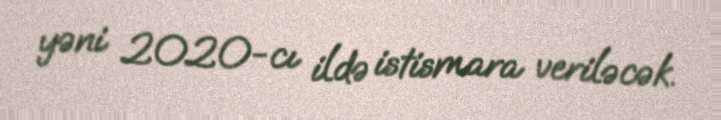
yəni 2020-cı ildə istismara veriləcək.